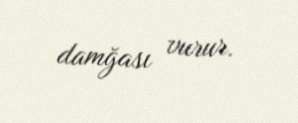
damğası vurur.